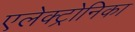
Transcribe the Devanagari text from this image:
एलेक्ट्रोनिका